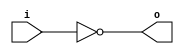
module not_gate (
    input wire i,
    output reg o
);

always @(*) begin
    o = ~i;
end

endmodule